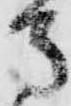
馬